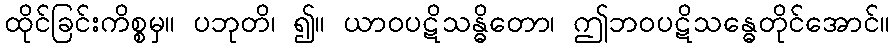
ထိုင်ခြင်းကိစ္စမှ။ ပဘုတိ၊ ၍။ ယာဝပဋိသန္ဓိတော၊ ဤဘဝပဋိသန္ဓေတိုင်အောင်။